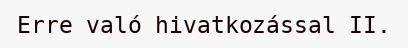
Erre való hivatkozással II.